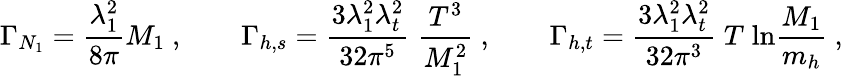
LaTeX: \Gamma_{N_{1}}=\frac{\lambda_{1}^{2}}{8\pi}M_{1}\ ,\qquad\Gamma_{h,s}=\frac{3\lambda_{1}^{2}\lambda_{t}^{2}}{32\pi^{5}}\; \frac{T^{3}}{M_{1}^{2}}\ ,\qquad\Gamma_{h,t}=\frac{3\lambda_{1}^{2}\lambda_{t}^{2}}{32\pi^{3}}\; T\; \mathrm{ln}\frac{M_{1}}{m_{h}}\ ,